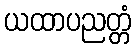
ယထာပညတ္တံ